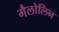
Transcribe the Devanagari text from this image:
गैलोलिन